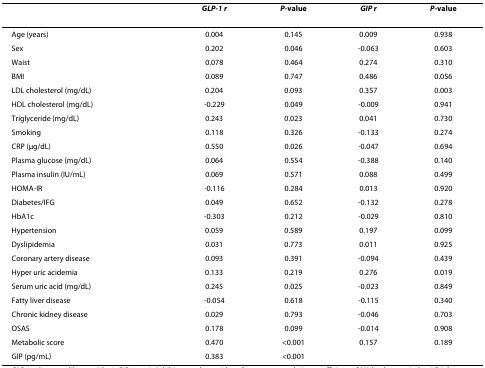
<table><thead><tr><td></td><td><b><i>GLP-1 r</i></b></td><td><b><i>P-</i>value</b></td><td><b><i>GIP r</i></b></td><td><b><i>P-</i>value</b></td></tr></thead><tbody><tr><td>Age (years)</td><td>0.004</td><td>0.145</td><td>0.009</td><td>0.938</td></tr><tr><td>Sex</td><td>0.202</td><td>0.046</td><td>-0.063</td><td>0.603</td></tr><tr><td>Waist</td><td>0.078</td><td>0.464</td><td>0.274</td><td>0.310</td></tr><tr><td>BMI</td><td>0.089</td><td>0.747</td><td>0.486</td><td>0.056</td></tr><tr><td>LDL cholesterol (mg/dL)</td><td>0.204</td><td>0.093</td><td>0.357</td><td>0.003</td></tr><tr><td>HDL cholesterol (mg/dL)</td><td>-0.229</td><td>0.049</td><td>-0.009</td><td>0.941</td></tr><tr><td>Triglyceride (mg/dL)</td><td>0.243</td><td>0.023</td><td>0.041</td><td>0.730</td></tr><tr><td>Smoking</td><td>0.118</td><td>0.326</td><td>-0.133</td><td>0.274</td></tr><tr><td>CRP (μg/dL)</td><td>0.550</td><td>0.026</td><td>-0.047</td><td>0.694</td></tr><tr><td>Plasma glucose (mg/dL)</td><td>0.064</td><td>0.554</td><td>-0.388</td><td>0.140</td></tr><tr><td>Plasma insulin (IU/mL)</td><td>0.069</td><td>0.571</td><td>0.088</td><td>0.499</td></tr><tr><td>HOMA-IR</td><td>-0.116</td><td>0.284</td><td>0.013</td><td>0.920</td></tr><tr><td>Diabetes/IFG</td><td>0.049</td><td>0.652</td><td>-0.132</td><td>0.278</td></tr><tr><td>HbA1c</td><td>-0.303</td><td>0.212</td><td>-0.029</td><td>0.810</td></tr><tr><td>Hypertension</td><td>0.059</td><td>0.589</td><td>0.197</td><td>0.099</td></tr><tr><td>Dyslipidemia</td><td>0.031</td><td>0.773</td><td>0.011</td><td>0.925</td></tr><tr><td>Coronary artery disease</td><td>0.093</td><td>0.391</td><td>-0.094</td><td>0.439</td></tr><tr><td>Hyper uric acidemia</td><td>0.133</td><td>0.219</td><td>0.276</td><td>0.019</td></tr><tr><td>Serum uric acid (mg/dL)</td><td>0.245</td><td>0.025</td><td>-0.023</td><td>0.849</td></tr><tr><td>Fatty liver disease</td><td>-0.054</td><td>0.618</td><td>-0.115</td><td>0.340</td></tr><tr><td>Chronic kidney disease</td><td>0.029</td><td>0.793</td><td>-0.046</td><td>0.703</td></tr><tr><td>OSAS</td><td>0.178</td><td>0.099</td><td>-0.014</td><td>0.908</td></tr><tr><td>Metabolic score</td><td>0.470</td><td>&lt;0.001</td><td>0.157</td><td>0.189</td></tr><tr><td>GIP (pg/mL)</td><td>0.383</td><td>&lt;0.001</td><td></td><td></td></tr></tbody></table>